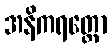
အနိကရတ္တော